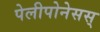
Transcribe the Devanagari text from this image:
पेलीपोनेसस्‌